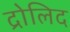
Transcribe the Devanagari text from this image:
द्रोलिद